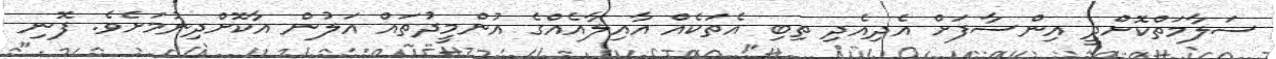
ސަލާމަތްކޮށްދީ އިންސާފަށް އެދިއެދި ތިބި އެތަކެއް އާއިލާއެއްގެ އުންމީދުތައް އަލުން އާކޮށްދިނުމަށެވެ. ފޮނި